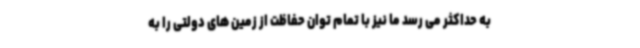
به حداکثر می رسد ما نیز با تمام توان حفاظت از زمین های دولتی را به